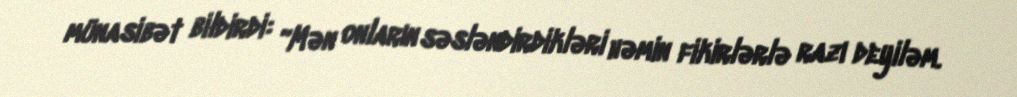
münasibət bildirdi: “Mən onların səsləndirdikləri həmin fikirlərlə razı deyiləm.